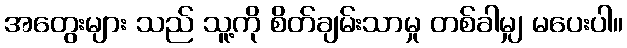
အတွေးများ သည် သူ့ကို စိတ်ချမ်းသာမှု တစ်ခါမျှ မပေးပါ။